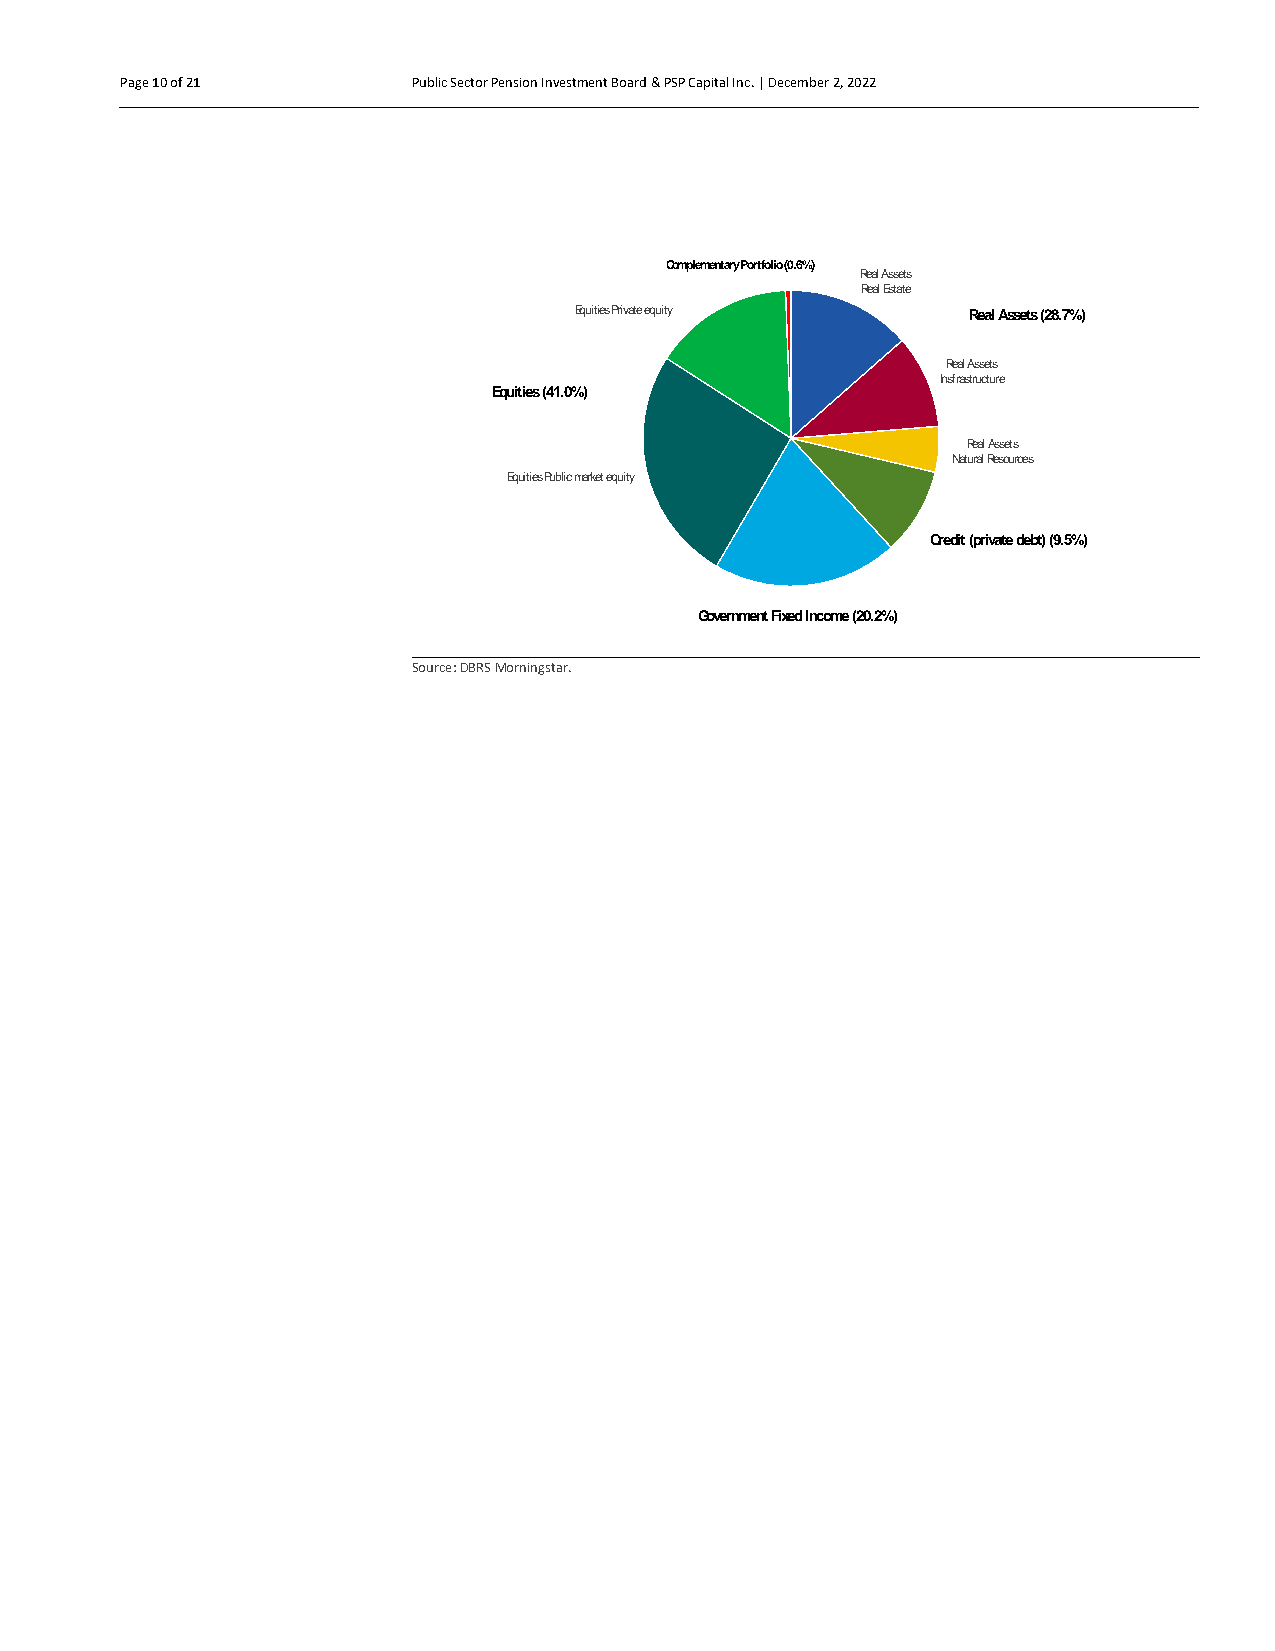
Page 10 of 21      Public Sector Pension Investment Board & PSP Capital Inc. | December 2, 2022
 Page 10 of 21
 Page 10 of 21
 Page 10 of 21
 Page 10 of 21                       Complementary Portfolio(0.6%)
 Real Assets
 Real Estate
 Page 10 of 21                 Equities Private equity   Real Assets (28.7%)
 Page 10 of 21
 Real Assets
 Insfrastructure
 Equities (41.0%)
 Page 10 of 21
 Real Assets
 Natural Resources
 Equities Public market equity
 Credit (private debt) (9.5%)
 Government Fixed Income (20.2%)
 Source: DBRS Morningstar.